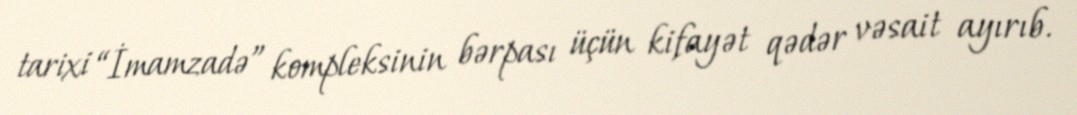
tarixi “İmamzadə” kompleksinin bərpası üçün kifayət qədər vəsait ayırıb.